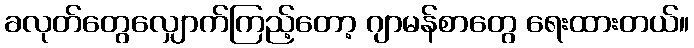
ခလုတ်တွေလျှောက်ကြည့်တော့ ဂျာမန်စာတွေ ရေးထားတယ်။